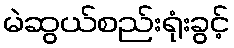
မဲဆွယ်စည်းရုံးခွင့်